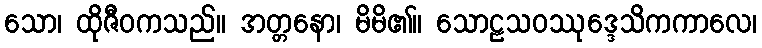
သော၊ ထိုဇီဝကသည်။ အတ္တနော၊ မိမိ၏။ သောဠသဝဿုဒ္ဒေသိကကာလေ၊